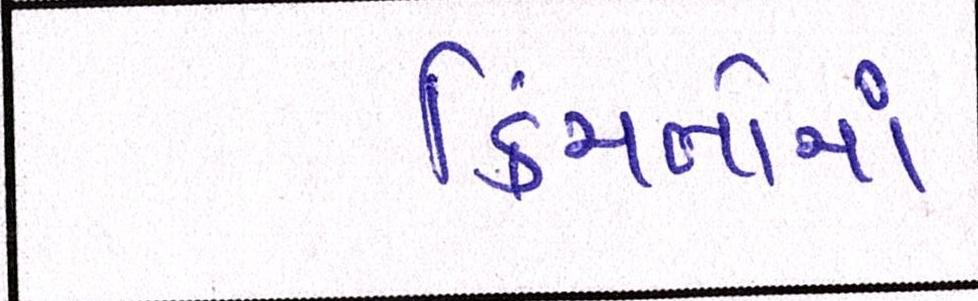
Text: કિંમતોમાં